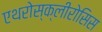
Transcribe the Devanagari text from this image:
एथरोस्क्लीरोसिस